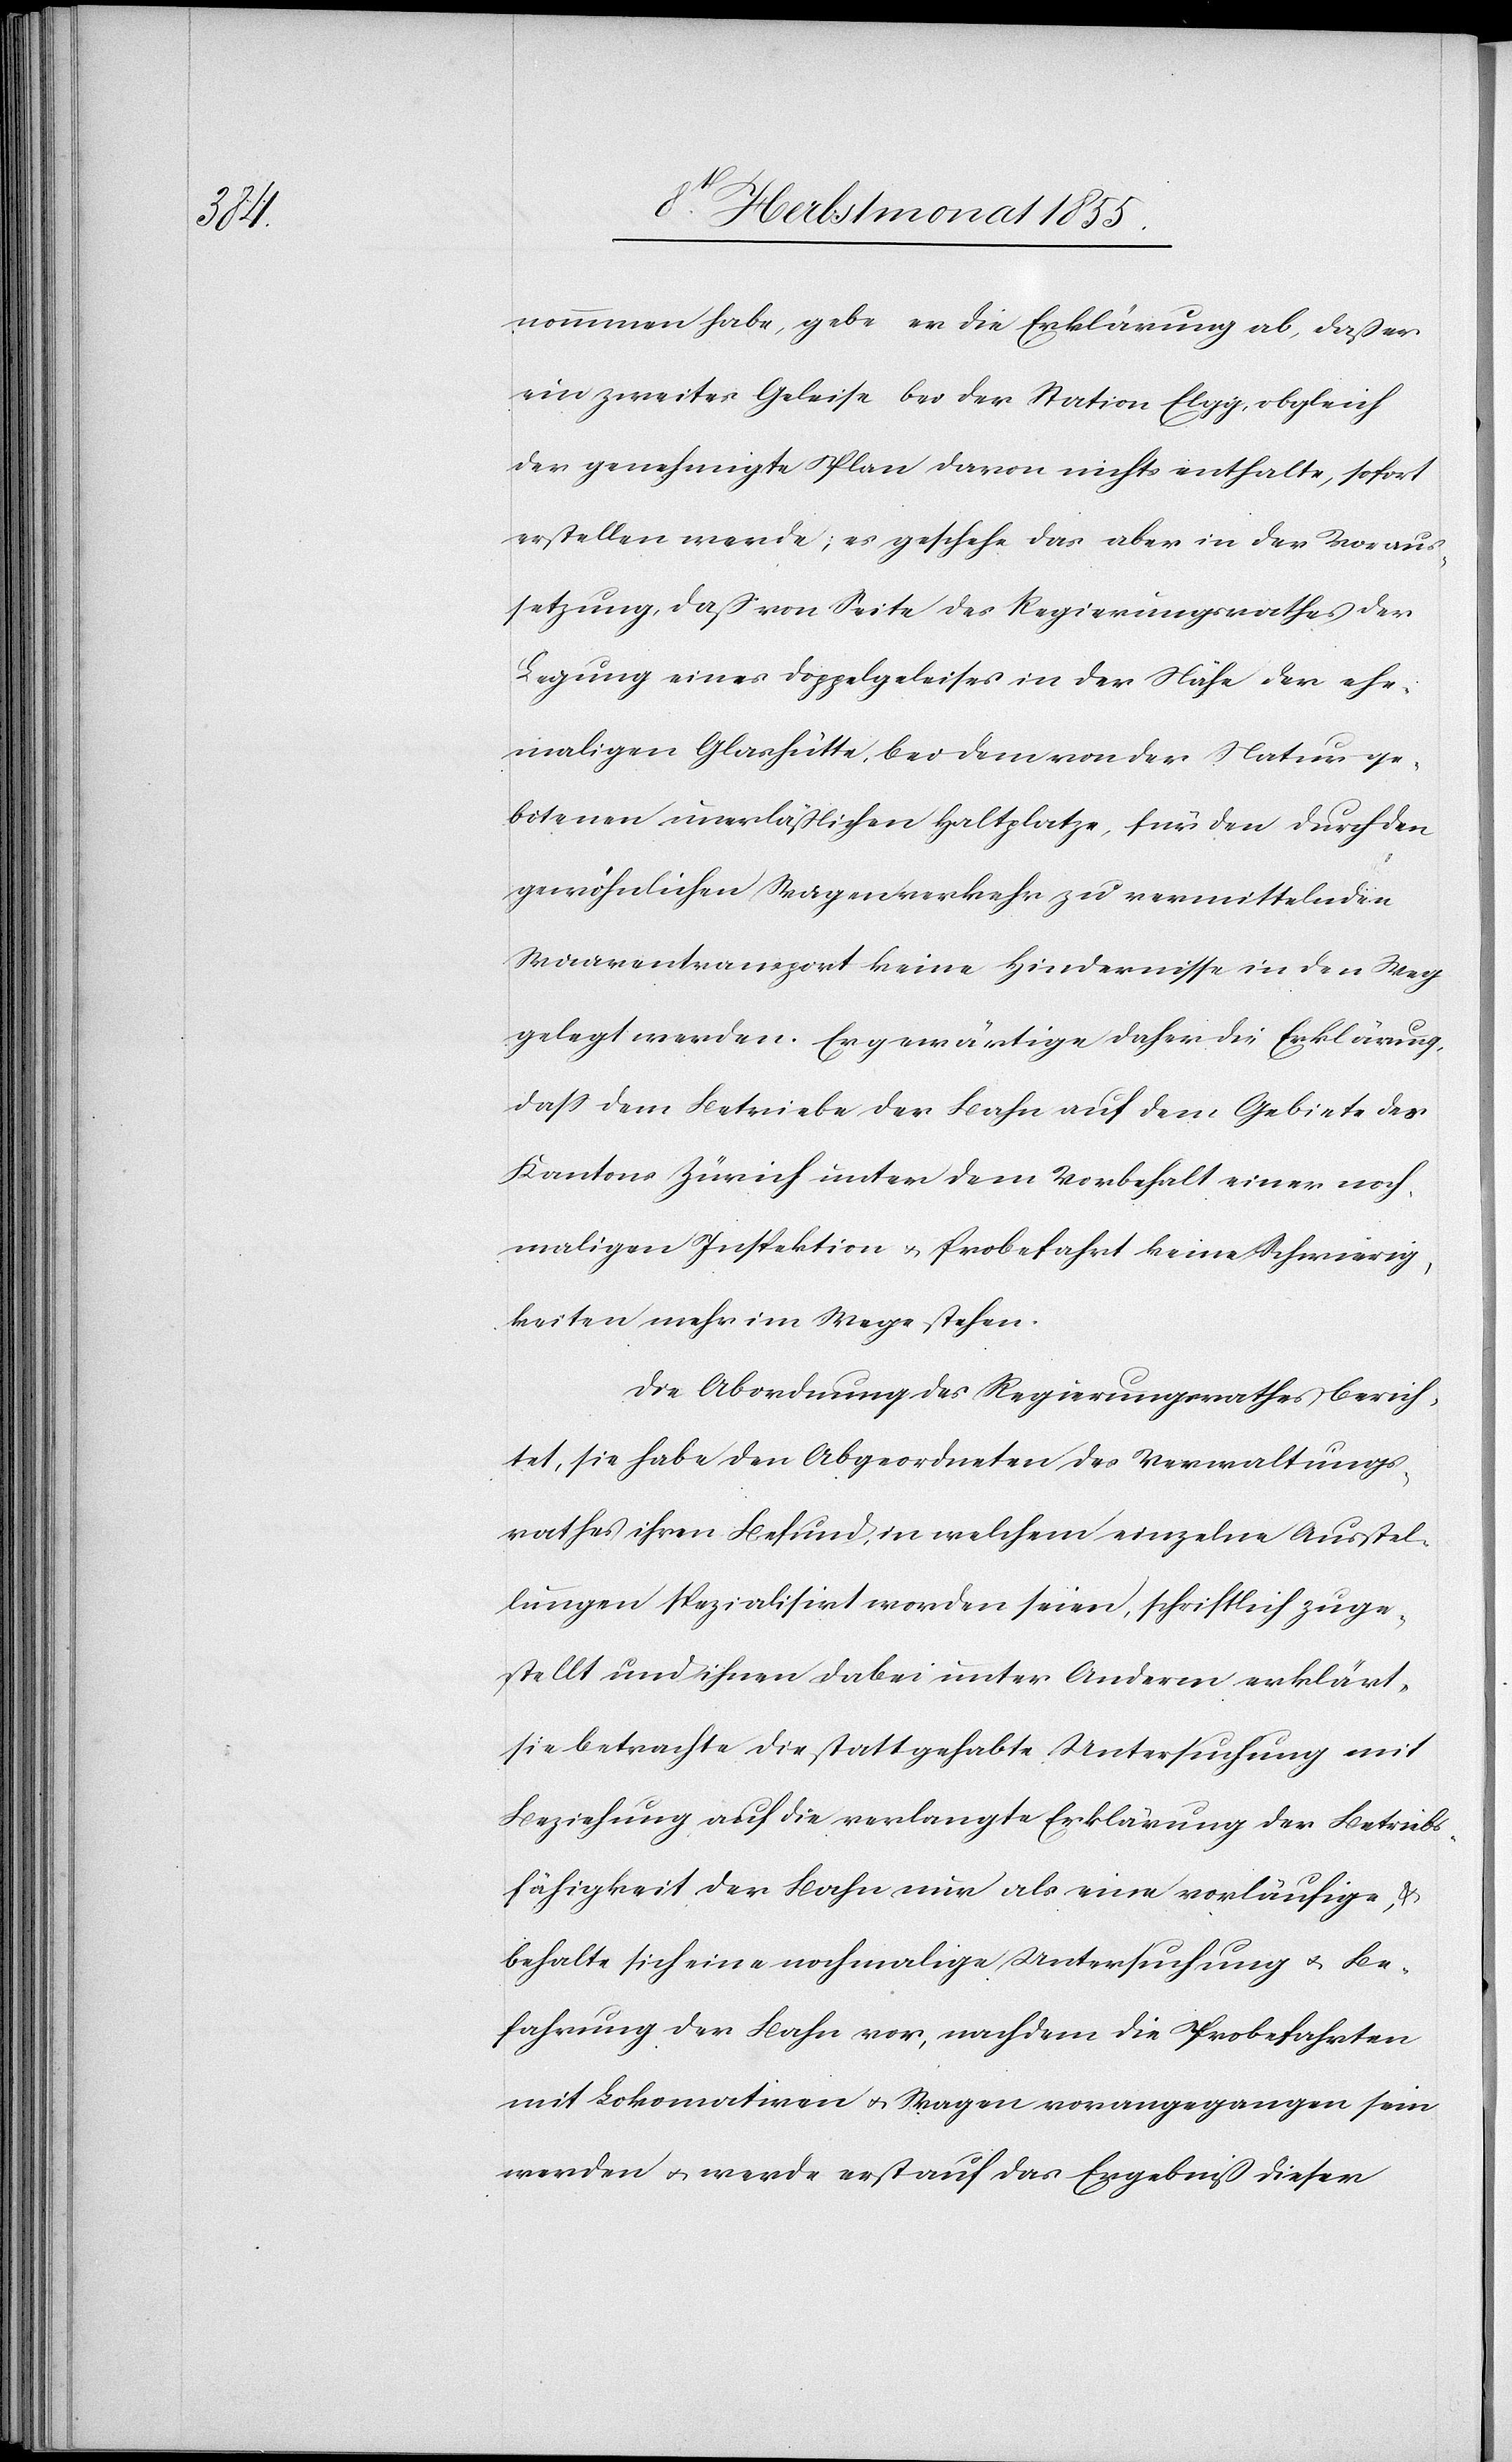
daß er

ein zweites Geleise bei der Station Elgg, obgleich
der genehmigte Plan davon nichts enthalte, sofort
erstellen werde; es geschehe das aber in der Voraus¬
setzung, daß von Seite des Regierungsrathes der
Legung eines Doppelgeleises in der Nähe der ehe¬
maligen Glashütte, bei dem von der Natur ge¬
botenen unerläßlichen Haltplatze, für den durch den
gewöhnlichen Wagenverkehr zu vermittelnden
Waarentransport keine Hindernisse in den Weg
gelegt werden. Er gewärtige daher die Erklärung,
dass dem Betriebe der Bahn auf dem Gebiete des
Kantons Zürich unter dem Vorbehalt einer noch¬
maligen Inspektion & Probefahrt keine Schwierig¬
keiten mehr im Wege stehen.
Die Abordnung des Regierungsrathes berich¬
tet, sie habe den Abgeordneten des Verwaltungs¬
rathes ihren Befund, in welchem einzelne Ausstel¬
lungen spezialisirt worden seien, schriftlich zuge¬
stellt und ihnen dabei unter Anderm erklärt,
sie betrachte die stattgehabte Untersuchung mit
Beziehung auf die verlangte Erklärung der Betriebs¬
fähigkeit der Bahn nur als eine vorläufige, &
behalte sich eine nochmalige Untersuchung & Be¬
fahrung der Bahn vor, nachdem die Probefahrten
mit Lokomotiven & Wagen vorangegangen sein
werden & werde erst auf das Ergebniß dieser